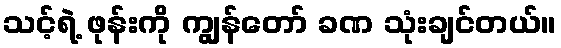
သင့်ရဲ့ ဖုန်းကို ကျွန်တော် ခဏ သုံးချင်တယ်။